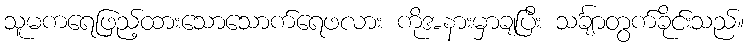
သူမကရေဖြည့်ထားသောသောက်ရေဖလား ကိုအနားမှာချပြီး သင်္ချာတွက်ခိုင်းသည်။